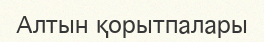
Алтын қорытпалары